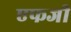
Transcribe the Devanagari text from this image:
एफजी